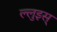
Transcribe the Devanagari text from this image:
ल्लुइस्